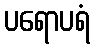
ပရောပရံ